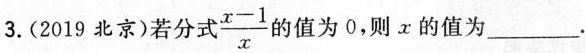
3. (2019北京)若分式\frac{x-1}{x}的值为0，则x的值为___.